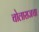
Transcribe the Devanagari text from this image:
चोलाराजचा